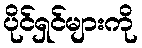
ပိုင်ရှင်များကို